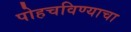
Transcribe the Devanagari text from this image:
पोहचविण्याचा